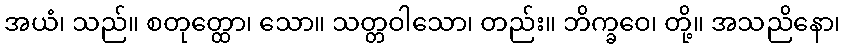
အယံ၊ သည်။ စတုတ္ထော၊ သော။ သတ္တဝါသော၊ တည်း။ ဘိက္ခဝေ၊ တို့။ အသညိနော၊